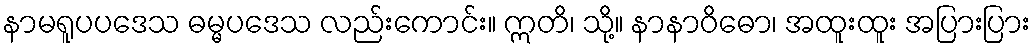
နာမရူပပဒေသ ဓမ္မပဒေသ လည်းကောင်း။ ဣတိ၊ သို့။ နာနာဝိဓော၊ အထူးထူး အပြားပြား